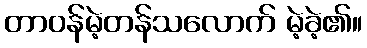
တာဝန်မဲ့တန်သလောက် မဲ့ခဲ့၏။